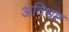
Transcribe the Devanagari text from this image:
अविभ्रष्ट